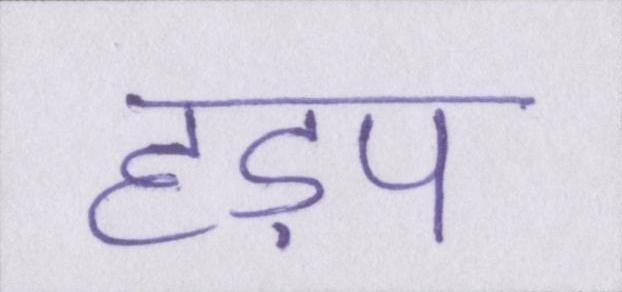
हड़प